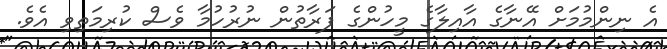
އެ ނިންމުމަށް އޭނާގެ އާއިލާގެ މީހުންގެ ފަރާތުން ނުރުހުމާ ވެސް ކުރިމަތިވި އެވެ.